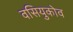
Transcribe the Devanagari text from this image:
वसियुकोव